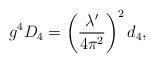
\begin{align*}g^4D_4=\left(\frac{\lambda'}{4\pi^2}\right)^2 d_4,\end{align*}